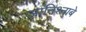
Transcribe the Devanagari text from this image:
आनिश्नाबे